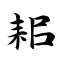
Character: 耜